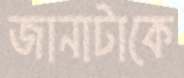
জানাটাকে